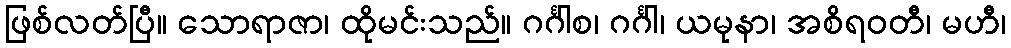
ဖြစ်လတ်ပြီ။ သောရာဇာ၊ ထိုမင်းသည်။ ဂင်္ဂါစ၊ ဂင်္ဂါ၊ ယမုနာ၊ အစိရဝတီ၊ မဟီ၊